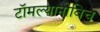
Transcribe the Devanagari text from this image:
टॉमल्यानोविच